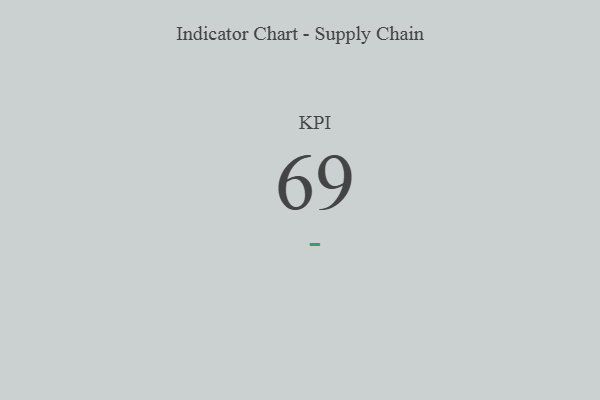
{"axis": {"x": "KPI", "y": "Value"}, "legend": [""], "data": [{"x": "KPI", "y": 69, "type": ""}]}